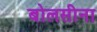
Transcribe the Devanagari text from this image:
बोलसीना